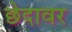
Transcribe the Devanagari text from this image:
छेदावर